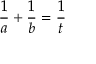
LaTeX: { \frac { 1 } { a } } + { \frac { 1 } { b } } = { \frac { 1 } { t } }